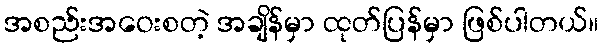
အစည်းအဝေးစတဲ့ အချိန်မှာ ထုတ်ပြန်မှာ ဖြစ်ပါတယ်။